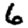
Digit: 6